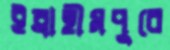
ইব্রাহীমপুরে